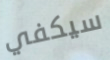
سيكفي